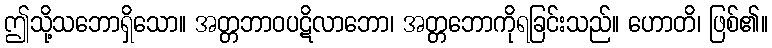
ဤသို့သဘောရှိသော။ အတ္တဘာဝပဋိလာဘော၊ အတ္တဘောကိုရခြင်းသည်။ ဟောတိ၊ ဖြစ်၏။